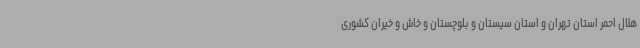
هلال احمر استان تهران و استان سیستان و بلوچستان و خاش و خیران کشوری